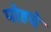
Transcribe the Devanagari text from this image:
पोहचे